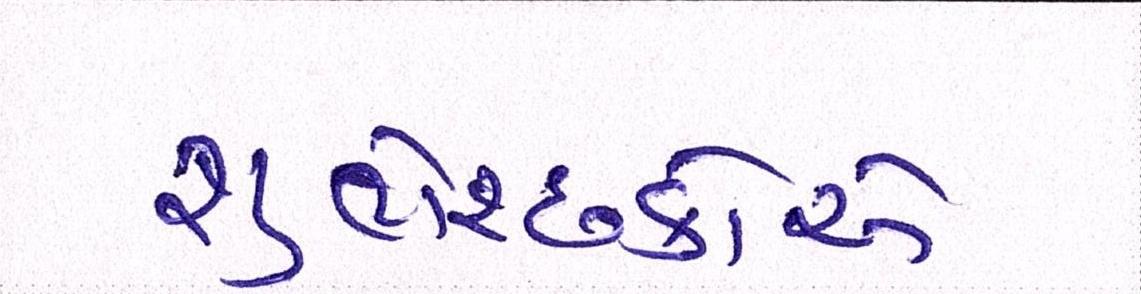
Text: શુભેચ્છકોએ